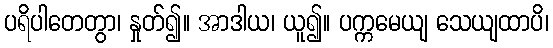
ပရိပါတေတွာ၊ နှုတ်၍။ အာဒါယ၊ ယူ၍။ ပက္ကမေယျ သေယျထာပိ၊